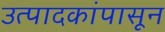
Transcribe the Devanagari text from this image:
उत्पादकांपासून